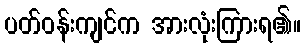
ပတ်ဝန်းကျင်က အားလုံးကြားရ၏။